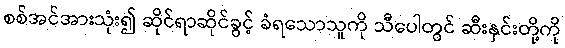
စစ်အင်အားသုံး၍ ဆိုင်ရာဆိုင်ခွင့် ခံရသောသူကို သီပေါတွင် ဆီးနှင်းတို့ကို